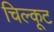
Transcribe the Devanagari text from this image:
चिल्कूट